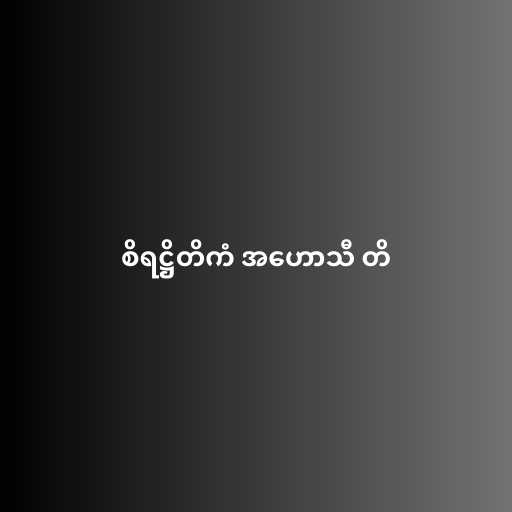
စိရဋ္ဌိတိကံ အဟောသီ တိ